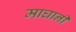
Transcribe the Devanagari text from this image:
माघानी